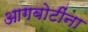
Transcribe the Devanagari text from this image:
आगबोटींना